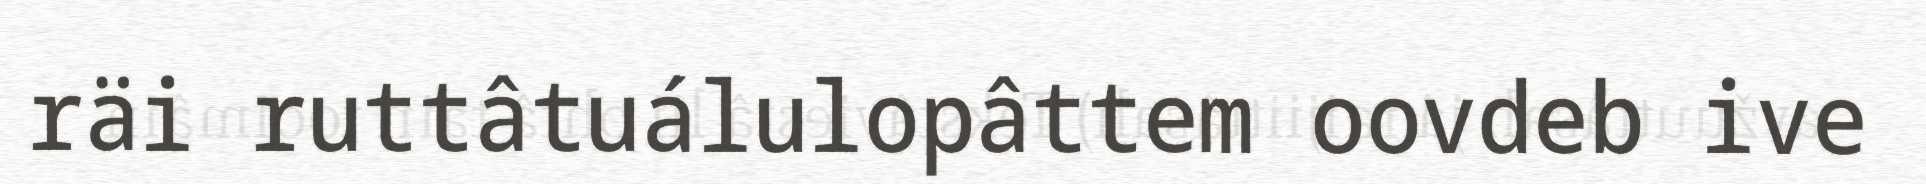
räi ruttâtuálulopâttem oovdeb ive